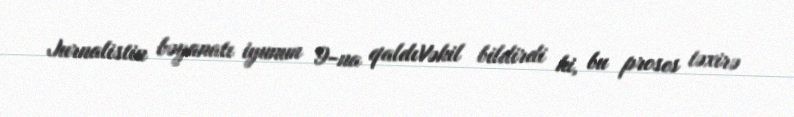
Jurnalistin bəyanatı iyunun 9-na qaldıVəkil bildirdi ki, bu proses təxirə